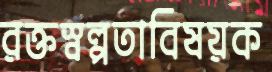
রক্তস্বল্পতাবিষয়ক